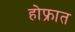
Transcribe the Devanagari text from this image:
होफ्रात